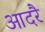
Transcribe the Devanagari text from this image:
आदरै